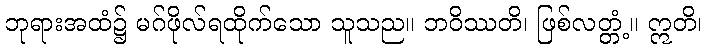
ဘုရားအထံ၌ မဂ်ဖိုလ်ရထိုက်သော သူသည။ ဘဝိဿတိ၊ ဖြစ်လတ္တံ့။ ဣတိ၊